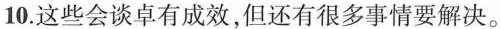
10.这些会谈卓有成效，但还有很多事情要解决。